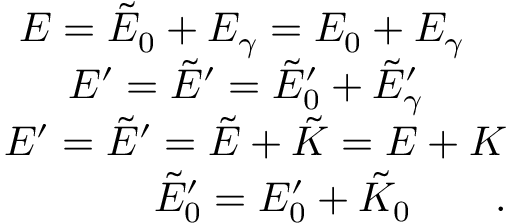
\begin{array} { r } { E = \tilde { E } _ { 0 } + E _ { \gamma } = E _ { 0 } + E _ { \gamma } \quad } \\ { E ^ { \prime } = \tilde { E } ^ { \prime } = \tilde { E } _ { 0 } ^ { \prime } + \tilde { E } _ { \gamma } ^ { \prime } \qquad } \\ { E ^ { \prime } = \tilde { E } ^ { \prime } = \tilde { E } + \tilde { K } = E + K } \\ { \tilde { E } _ { 0 } ^ { \prime } = E _ { 0 } ^ { \prime } + \tilde { K } _ { 0 } \qquad . } \end{array}